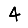
Digit: 4